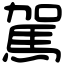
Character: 駕